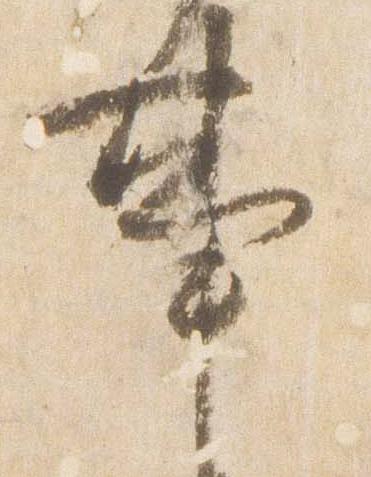
事